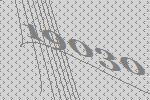
19030